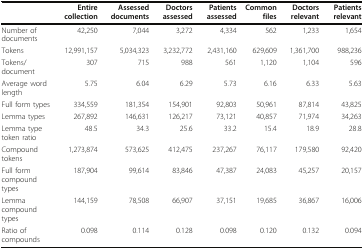
|  | Entire collection | Assessed documents | Doctors assessed | Patients assessed | Common files | Doctors relevant | Patients relevant |
 | --- | --- | --- | --- | --- | --- | --- | --- |
 | Number of documents | 42,250 | 7,044 | 3,272 | 4,334 | 562 | 1,233 | 1,654 |
 | Tokens | 12,991,157 | 5,034,323 | 3,232,772 | 2,431,160 | 629,609 | 1,361,700 | 988,236 |
 | Tokens/document | 307 | 715 | 988 | 561 | 1,120 | 1,104 | 596 |
 | Average word length | 5.75 | 6.04 | 6.29 | 5.73 | 6.16 | 6.33 | 5.63 |
 | Full form types | 334,559 | 181,354 | 154,901 | 92,803 | 50,961 | 87,814 | 43,825 |
 | Lemma types | 267,892 | 146,631 | 126,217 | 73,121 | 40,857 | 71,974 | 34,263 |
 | Lemma type token ratio | 48.5 | 34.3 | 25.6 | 33.2 | 15.4 | 18.9 | 28.8 |
 | Compound tokens | 1,273,874 | 573,625 | 412,475 | 237,267 | 76,117 | 179,580 | 92,420 |
 | Full form compound types | 187,904 | 99,614 | 83,846 | 47,387 | 24,083 | 45,257 | 20,157 |
 | Lemma compound types | 144,159 | 78,508 | 66,907 | 37,151 | 19,685 | 36,867 | 16,006 |
 | Ratio of compounds | 0.098 | 0.114 | 0.128 | 0.098 | 0.120 | 0.132 | 0.094 |